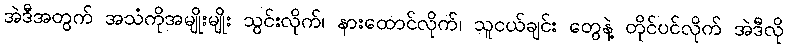
အဲဒီအတွက် အသံကိုအမျိုးမျိုး သွင်းလိုက်၊ နားထောင်လိုက်၊ သူငယ်ချင်း တွေနဲ့ တိုင်ပင်လိုက် အဲဒီလို